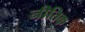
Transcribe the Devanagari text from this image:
नीतिक